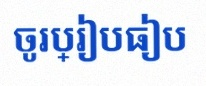
ចូរប្រៀបធៀប